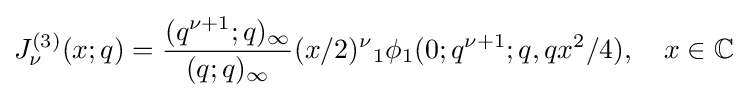
J_{\nu }^{(3)}(x;q)={\frac {(q^{\nu +1};q)_{\infty }}{(q;q)_{\infty }}}(x/2)^{\nu }{}_{1}\phi _{1}(0;q^{\nu +1};q,qx^{2}/4),\quad x\in \mathbb {C}